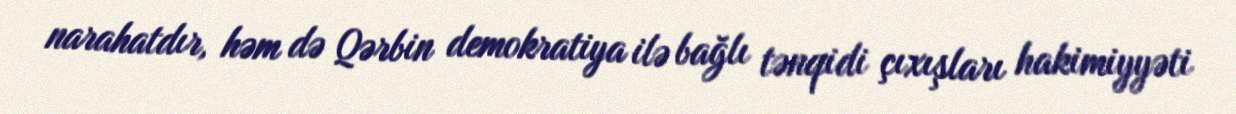
narahatdır, həm də Qərbin demokratiya ilə bağlı tənqidi çıxışları hakimiyyəti